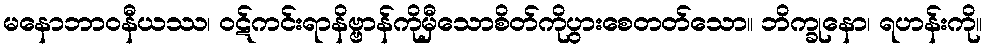
မနောဘာဝနီယဿ၊ ဝဋ်ကင်းရာနိဗ္ဗာန်ကိုမှီသောစိတ်ကိုပွားစေတတ်သော။ ဘိက္ခုနော၊ ရဟန်းကို။